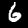
Label: 6